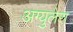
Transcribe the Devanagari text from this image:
अग्युलेरा